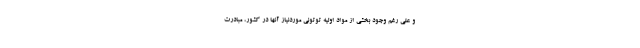
و علی رغم وجود بخشی از مواد اولیه توتونی موردنیاز آنها در کشور، مبادرت